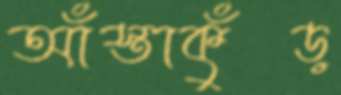
আঁস্তাকুঁড়